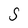
Character: S